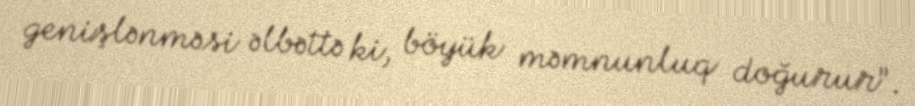
genişlənməsi əlbəttə ki, böyük məmnunluq doğurur”.